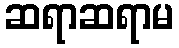
ဆရာဆရာမ